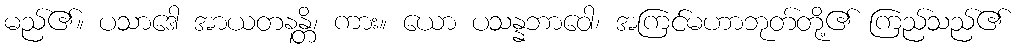
မည်၏။ ပသာဒေါ အာယတနန္တိ၊ ကား။ ယော ပသန္နဘာဝေါ၊ အကြင်မဟာဘုတ်တို့၏ ကြည်သည်၏